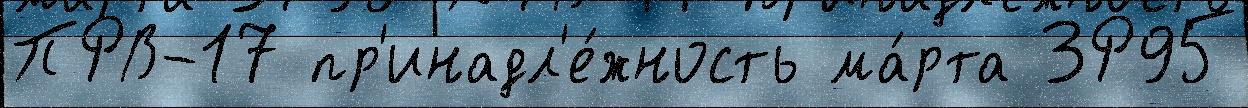
ПРВ-17 пр'инадл'е́жность ма́рта 3Р95